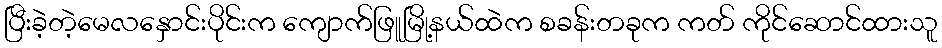
ပြီးခဲ့တဲ့မေလနှောင်းပိုင်းက ကျောက်ဖြူမြို့နယ်ထဲက စခန်းတခုက ကတ် ကိုင်ဆောင်ထားသူ